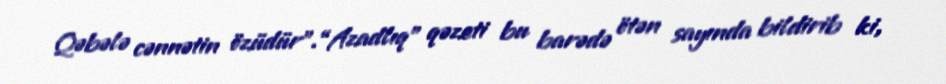
Qəbələ cənnətin özüdür”.“Azadlıq” qəzeti bu barədə ötən sayında bildirib ki,